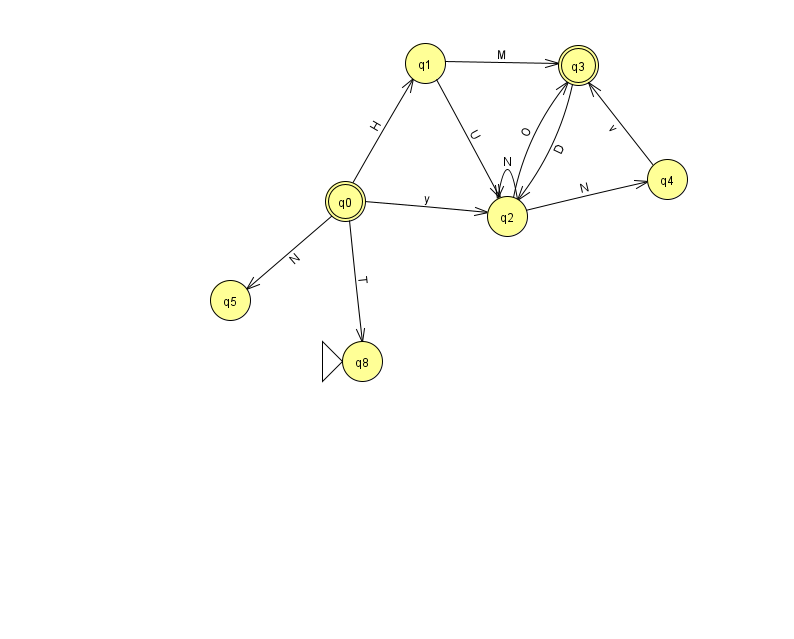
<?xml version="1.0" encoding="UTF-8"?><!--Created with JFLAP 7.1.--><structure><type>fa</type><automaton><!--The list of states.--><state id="0" name="q0"><x>345.0</x><y>188.0</y><final/></state><state id="1" name="q1"><x>425.0</x><y>50.0</y></state><state id="2" name="q2"><x>507.0</x><y>203.0</y></state><state id="3" name="q3"><x>578.0</x><y>52.0</y><final/></state><state id="4" name="q4"><x>667.0</x><y>166.0</y></state><state id="5" name="q5"><x>230.0</x><y>287.0</y></state><state id="8" name="q8"><x>362.0</x><y>348.0</y><initial/></state><!--The list of transitions.--><transition><from>4</from><to>3</to><read>v</read></transition><transition><from>0</from><to>1</to><read>H</read></transition><transition><from>1</from><to>2</to><read>U</read></transition><transition><from>0</from><to>2</to><read>y</read></transition><transition><from>3</from><to>2</to><read>D</read></transition><transition><from>1</from><to>3</to><read>M</read></transition><transition><from>0</from><to>8</to><read>T</read></transition><transition><from>2</from><to>4</to><read>N</read></transition><transition><from>2</from><to>3</to><read>O</read></transition><transition><from>0</from><to>5</to><read>N</read></transition><transition><from>2</from><to>2</to><read>N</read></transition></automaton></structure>